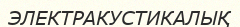
ЭЛЕКТРАКУСТИКАЛЫҚ